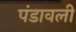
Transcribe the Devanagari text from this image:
पंडावली